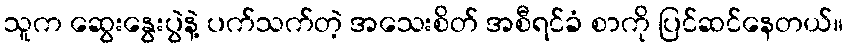
သူက ဆွေးနွေးပွဲနဲ့ ပက်သက်တဲ့ အသေးစိတ် အစီရင်ခံ စာကို ပြင်ဆင်နေတယ်။